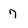
Character: 7